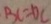
B C = D C